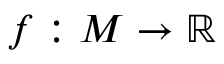
f : M \rightarrow \mathbb { R }